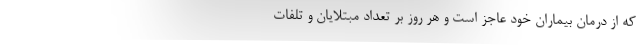
که از درمان بیماران خود عاجز است و هر روز بر تعداد مبتلایان و تلفات